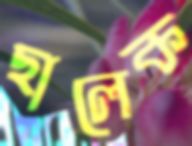
ছালেক